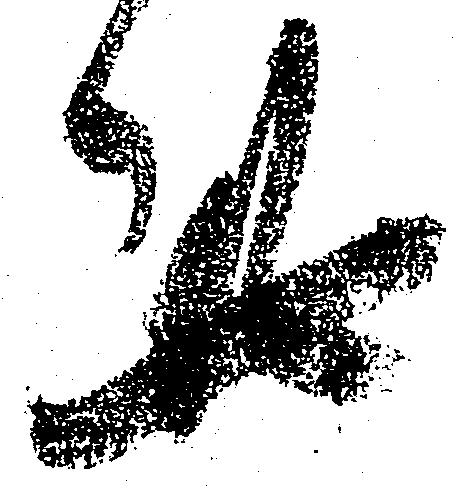
此